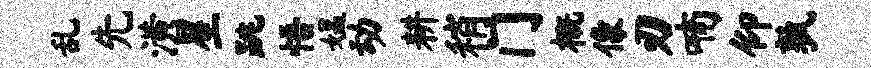
乱先潢星跳悟媪动耕稍门概像刃喃仰孰